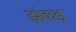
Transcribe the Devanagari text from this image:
झंकड़